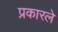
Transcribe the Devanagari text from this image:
प्रकारले